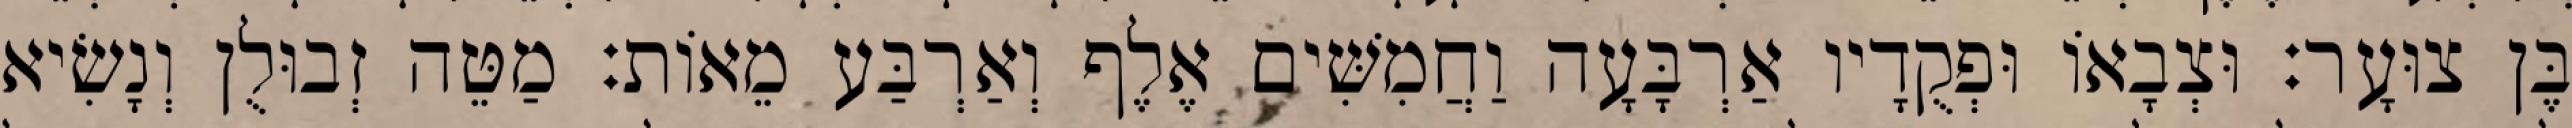
בֶּן צוּעָר׃ וּצְבָאוֹ וּפְקֻדָיו אַרְבָּעָה וַחֲמִשִּׁים אֶלֶף וְאַרְבַּע מֵאוֹת׃ מַטֵּה זְבוּלֻן וְנָשִׂיא